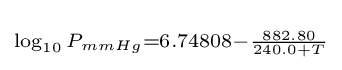
\scriptstyle \log _{10}P_{mmHg}=6.74808-{\frac {882.80}{240.0+T}}